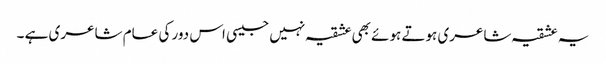
یہ عشقیہ شاعری ہوتے ہوئے بھی عشقیہ نہیں جیسی اس دور کی عام شاعری ہے ۔